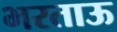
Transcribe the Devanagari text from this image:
भरताऊ